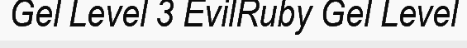
Gel Level 3 EvilRuby Gel Level